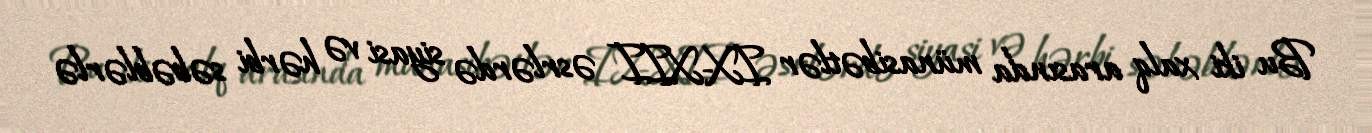
Bu iki xalq arasında münasibətlər IX-XII əsrlərdə siyasi və hərbi səbəblərlə